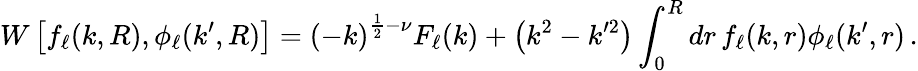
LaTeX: W\left[f_{\ell}(k,R),\phi_{\ell}(k^{\prime},R)\right]=\left(-k\right)^{\frac{1}{2}-\nu}F_{\ell}(k)+\left(k^{2}-k^{\prime 2}\right)\int_{0}^{R}dr\, f_{\ell}(k,r)\phi_{\ell}(k^{\prime},r)\, .